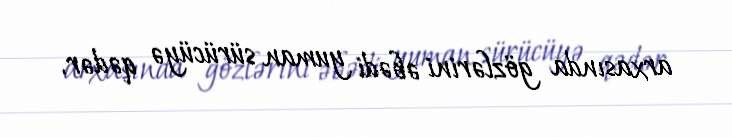
arxasında gözlərini əbədi yuman sürücüyə qədər.